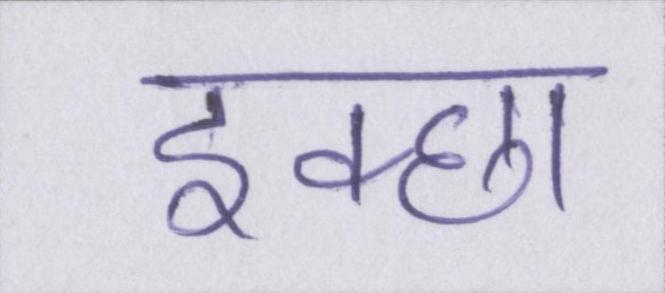
इक्छा